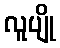
လူပျို